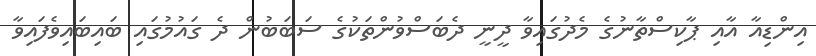
އިންޑިއާ އާއި ޕާކިސްތާނުގެ މެދުގައިވާ ދީނީ ދެބަސްވުންތަކުގެ ސަބަބުން ދެ ގައުމުގައި ބައިބައިވެފައިވާ